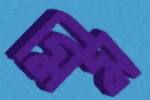
মিম